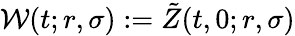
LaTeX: \mathcal{W}(t;r,\sigma):=\tilde{Z}(t,0;r,\sigma)